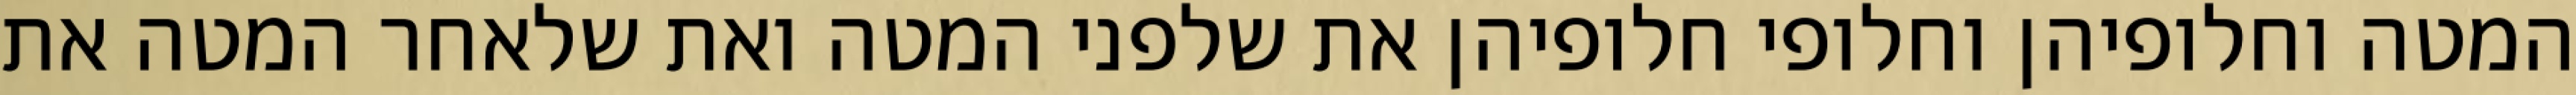
המטה וחלופיהן וחלופי חלופיהן את שלפני המטה ואת שלאחר המטה את